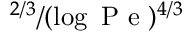
^ { 2 / 3 } / ( \log { \mathrm { ~ P ~ e ~ } } ) ^ { 4 / 3 }